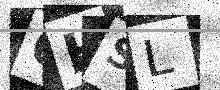
Text: 6HSL